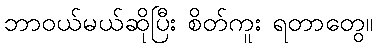
ဘာဝယ်မယ်ဆိုပြီး စိတ်ကူး ရတာတွေ။